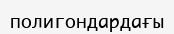
полигондардағы